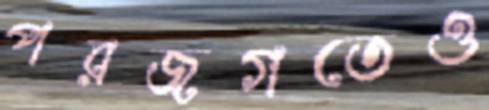
পরজগতেও